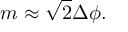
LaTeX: m \approx { \sqrt { 2 } } \Delta \phi .